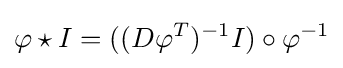
\varphi \star I=((D\varphi ^{T})^{-1}I)\circ \varphi ^{-1}